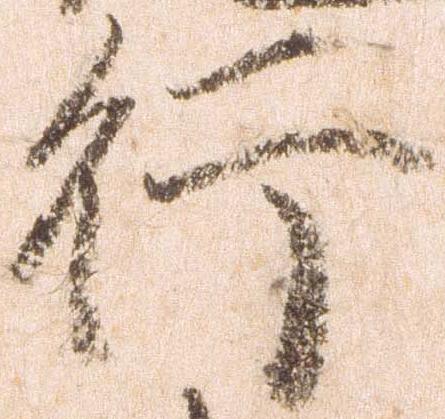
行